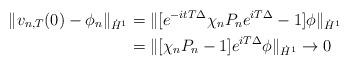
LaTeX: \begin{align*} \|v_{n,T}(0)-\phi_n\|_{\dot{H}^1}&=\|[e^{-itT\Delta}\chi_nP_ne^{iT\Delta}-1]\phi\|_{\dot{H}^1}\\ &=\|[\chi_nP_n-1]e^{iT\Delta}\phi\|_{\dot{H}^1}\to0 \end{align*}